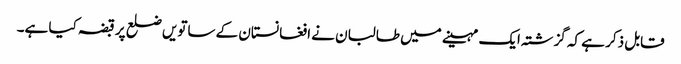
قابل ذکر ہے کہ گزشتہ ایک مہینے میں طالبان نے افغانستان کے ساتویں ضلع پر قبضہ کیا ہے۔